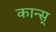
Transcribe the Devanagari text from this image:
कान्स्